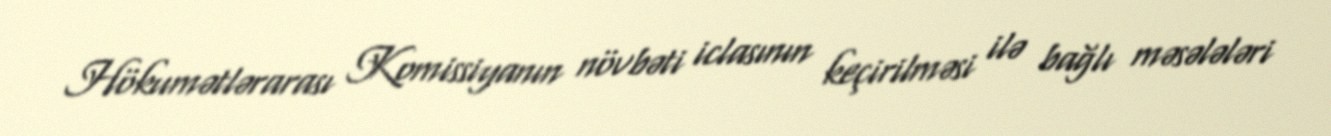
Hökumətlərarası Komissiyanın növbəti iclasının keçirilməsi ilə bağlı məsələləri